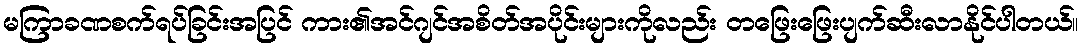
မကြာခဏစက်ရပ်ခြင်းအပြင် ကား၏အင်ဂျင်အစိတ်အပိုင်းများကိုလည်း တဖြေးဖြေးပျက်ဆီးလာနိုင်ပါတယ်။